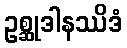
ဥစ္ဆုဒါနဿိဒံ